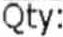
QTY: